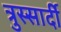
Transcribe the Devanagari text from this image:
त्रुस्सार्दी